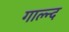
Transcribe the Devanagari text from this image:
गाल्न्द